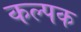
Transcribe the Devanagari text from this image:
कल्‍पक